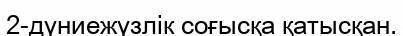
2-дүниежүзлік соғысқа қатысқан.